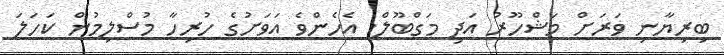
ބިރިޔާނި ވަރަށް މަޝްހޫރު އަދި މަގްބޫލް. އެހެންވެ އަވަށުގެ ހުރިހާ މުސްލިމުން ކަހަލަ